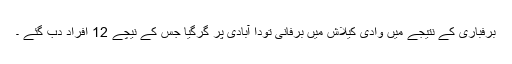
برفباری کے نتیجے میں وادی کیلاش میں برفانی تودا آبادی پر گرگیا جس کے نیچے 12 افراد دب گئے ۔